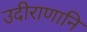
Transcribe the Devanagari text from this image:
उदीराणानि